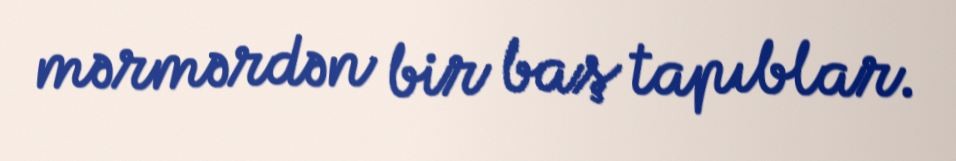
mərmərdən bir baş tapıblar.